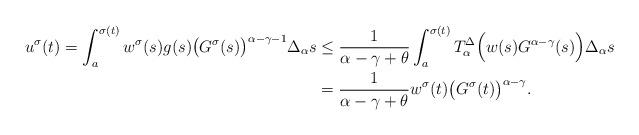
LaTeX: \begin{align*}u^\sigma(t) =\int_{a}^{\sigma(t)}w^\sigma(s)g(s)\big(G^\sigma(s)\big)^{\alpha-\gamma-1}\Delta_\alpha s&\leq\frac{1}{\alpha-\gamma+\theta}\int_{a}^{\sigma(t)} T_{\alpha}^{\Delta} \Big(w(s)G^{\alpha-\gamma}(s)\Big)\Delta_{\alpha} s\\&=\frac{1}{\alpha-\gamma+\theta}w^\sigma(t)\big(G^\sigma(t)\big)^{\alpha-\gamma}.\end{align*}